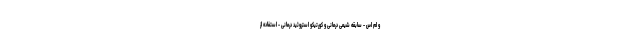
و ام اس - سابقه شیمی درمانی و کورتیکو استروئید درمانی - استفاده از